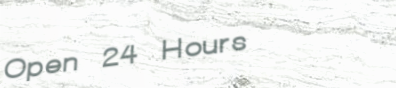
Open 24 Hours